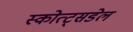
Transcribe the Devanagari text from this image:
स्कोत्ट्सडेल